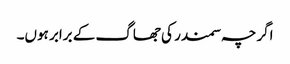
اگرچہ سمندر کی جھاگ کے برابر ہوں۔